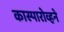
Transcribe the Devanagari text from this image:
कास्पारोव्हने